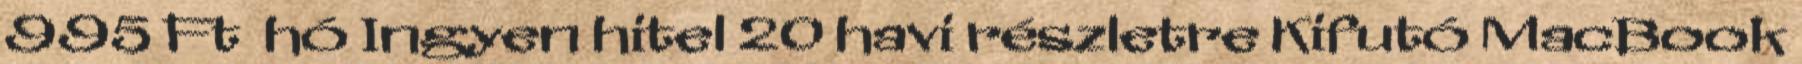
995 Ft hó Ingyen hitel 20 havi részletre Kifutó MacBook